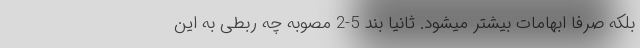
بلکه صرفاً ابهامات بیشتر میشود. ثانیاً بند 5-2 مصوبه چه ربطی به این